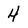
Character: 4